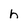
Character: h